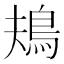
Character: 鳺